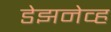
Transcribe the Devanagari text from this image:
डेझनेव्ह